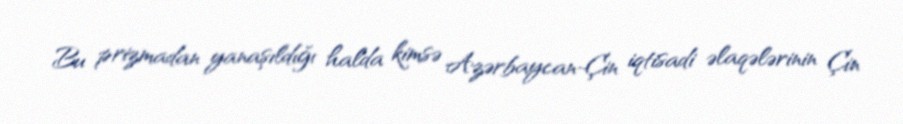
Bu prizmadan yanaşıldığı halda kimsə Azərbaycan-Çin iqtisadi əlaqələrinin Çin